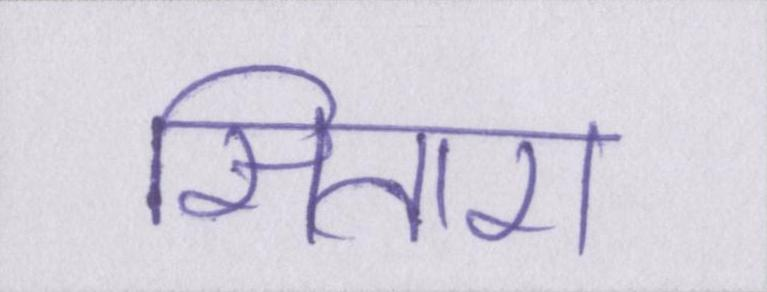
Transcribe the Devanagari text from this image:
सितारा